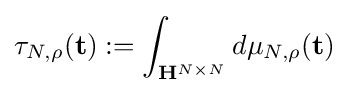
\tau _{N,\rho }({\bf {t}}):=\int _{{\mathbf {H} }^{N\times N}}d\mu _{N,\rho }({\bf {t}})